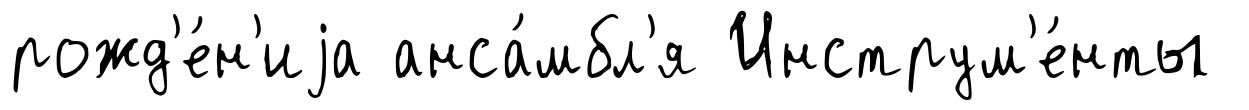
рожд'е́н'иjа анса́мбл'я Инструм'е́нты